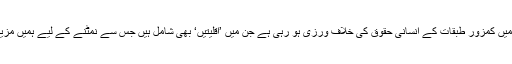
ان کا کہنا تھا کہ پاکستان میں کمزور طبقات کے انسانی حقوق کی خلاف ورزی ہو رہی ہے جن میں ’اقلیتیں‘ بھی شامل ہیں جس سے نمٹنے کے لیے ہمیں مزید اقدامات کرنے ہوں گے۔